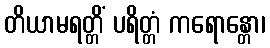
တိယာမရတ္တိံ ပရိတ္တံ ကရောန္တော၊